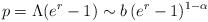
LaTeX: \begin{align*} p=\Lambda(e^r-1) \sim b \, (e^r-1)^{1-\alpha}\end{align*}